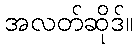
အလတ်ဆိုဒ်။